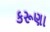
કરૂણા